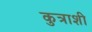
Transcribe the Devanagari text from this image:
कुत्राशी